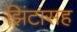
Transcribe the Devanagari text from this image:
झिंटासह